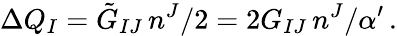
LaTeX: \Delta Q_{I}=\tilde{G}_{IJ}\, n^{J}/2=2G_{IJ}\, n^{J}/\alpha^{\prime}\, .